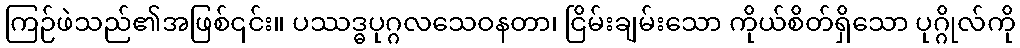
ကြဉ်ဖဲသည်၏အဖြစ်၎င်း။ ပဿဒ္ဓပုဂ္ဂလသေဝနတာ၊ ငြိမ်းချမ်းသော ကိုယ်စိတ်ရှိသော ပုဂ္ဂိုလ်ကို